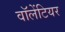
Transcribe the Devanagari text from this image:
वॉलेंटियर